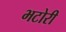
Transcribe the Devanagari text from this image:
भटोरी